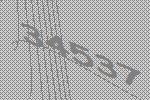
34537